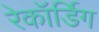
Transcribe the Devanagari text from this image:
रेकॉर्डिग